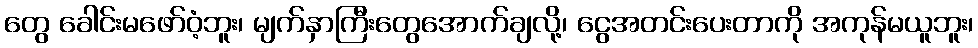
တွေ ခေါင်းမဖော်ဝံ့ဘူး၊ မျက်နှာကြီးတွေအောက်ချလို့၊ ငွေအတင်းပေးတာကို အကုန်မယူဘူး၊